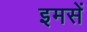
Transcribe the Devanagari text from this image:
इमसें